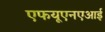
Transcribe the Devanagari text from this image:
एफयूएनएआई